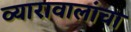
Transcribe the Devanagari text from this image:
व्यारावालांचा